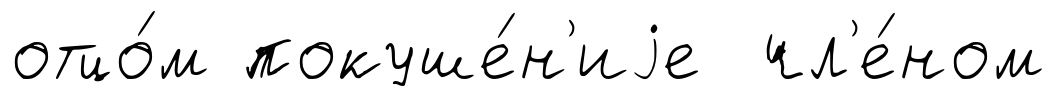
отцо́м покуше́н'иjе чл'е́ном